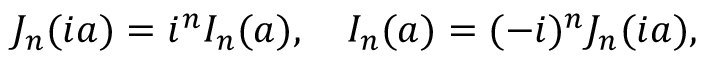
J _ { n } ( i a ) = i ^ { n } I _ { n } ( a ) , \quad I _ { n } ( a ) = ( - i ) ^ { n } J _ { n } ( i a ) ,